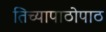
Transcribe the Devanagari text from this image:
तिच्यापाठोपाठ